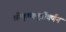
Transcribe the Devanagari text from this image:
श्रीकृष्णमूर्तीवर्णन